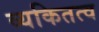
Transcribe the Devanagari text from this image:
व्यकितत्व